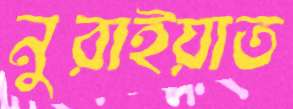
নুরাইয়াত